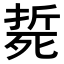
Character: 𣩂